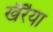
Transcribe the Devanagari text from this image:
खैरैया